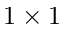
1 \times 1